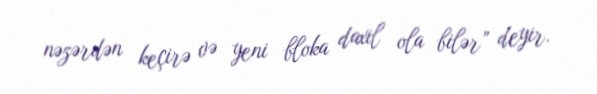
nəzərdən keçirə və yeni bloka daxil ola bilər” deyir.